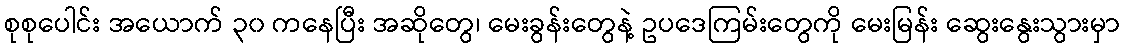
စုစုပေါင်း အယောက် ၃၀ ကနေပြီး အဆိုတွေ၊ မေးခွန်းတွေနဲ့ ဥပဒေကြမ်းတွေကို မေးမြန်း ဆွေးနွေးသွားမှာ